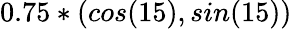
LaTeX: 0.75*({cos(15)},{sin(15)})